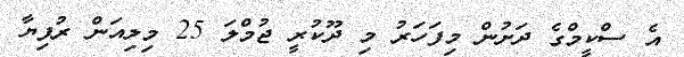
އެ ސްކީމްގެ ދަށުން މިފަހަރު މި ދޫކުރީ ޖުމްލަ 25 މިލިއަން ރުފިޔާ